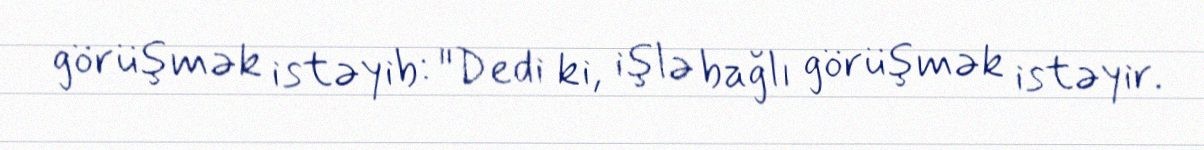
görüşmək istəyib: "Dedi ki, işlə bağlı görüşmək istəyir.